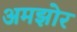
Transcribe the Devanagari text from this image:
अमझोर